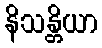
နိသန္တိယာ